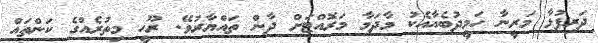
ދަރިފުޅާ މަރީނާ ހަމީދުބެއާއެކު މާދަމާ މަރޮއްޓަށް ދާން ތައްޔާރުވޭ. ރޫހީ މިތުރެއްގެ ކަންތައް